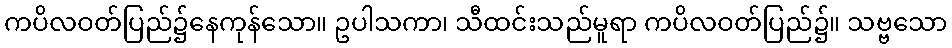
ကပိလဝတ်ပြည်၌နေကုန်သော။ ဥပါသကာ၊ သီထင်းသည်မူရာ ကပိလဝတ်ပြည်၌။ သဗ္ဗသော